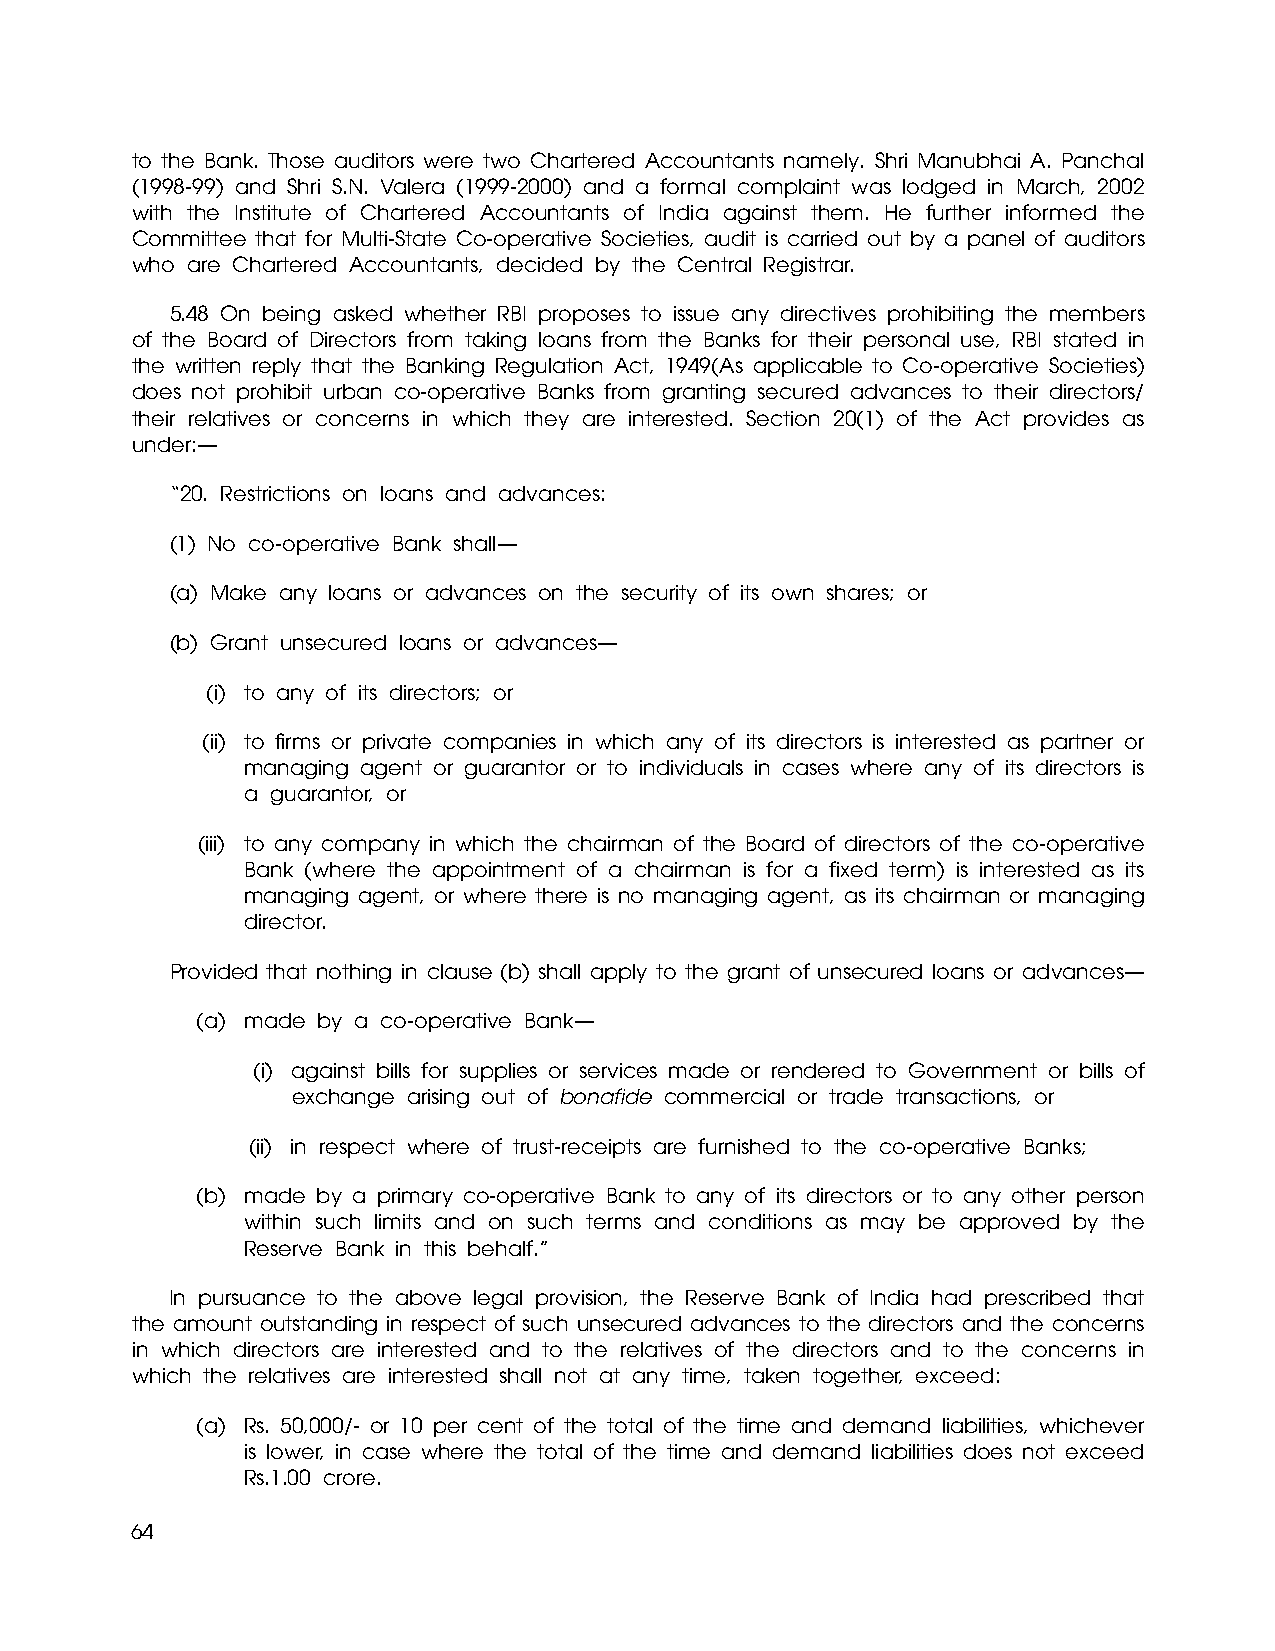
to the Bank. Those auditors were two Chartered Accountants namely. Shri Manubhai A. Panchal
 (1998-99) and Shri S.N. Valera (1999-2000) and a formal complaint was lodged in March, 2002
 with the Institute of Chartered Accountants of India against them. He further informed the
 Committee that for Multi-State Co-operative Societies, audit is carried out by a panel of auditors
 who are Chartered Accountants, decided by the Central Registrar.
 5.48 On being asked whether RBI proposes to issue any directives prohibiting the members
 of the Board of Directors from taking loans from the Banks for their personal use, RBI stated in
 the written reply that the Banking Regulation Act, 1949(As applicable to Co-operative Societies)
 does not prohibit urban co-operative Banks from granting secured advances to their directors/
 their relatives or concerns in which they are interested. Section 20(1) of the Act provides as
 under:—
 “20. Restrictions on loans and advances:
 (1) No co-operative Bank shall—
 (a) Make any loans or advances on the security of its own shares; or
 (b) Grant unsecured loans or advances—
 (i) to any of its directors; or
 (ii) to firms or private companies in which any of its directors is interested as partner or
 managing agent or guarantor or to individuals in cases where any of its directors is
 a guarantor, or
 (iii) to any company in which the chairman of the Board of directors of the co-operative
 Bank (where the appointment of a chairman is for a fixed term) is interested as its
 managing agent, or where there is no managing agent, as its chairman or managing
 director.
 Provided that nothing in clause (b) shall apply to the grant of unsecured loans or advances—
 (a) made by a co-operative Bank—
 (i) against bills for supplies or services made or rendered to Government or bills of
 exchange arising out of bonafide commercial or trade transactions, or
 (ii) in respect where of trust-receipts are furnished to the co-operative Banks;
 (b) made by a primary co-operative Bank to any of its directors or to any other person
 within such limits and on such terms and conditions as may be approved by the
 Reserve Bank in this behalf.”
 In pursuance to the above legal provision, the Reserve Bank of India had prescribed that
 the amount outstanding in respect of such unsecured advances to the directors and the concerns
 in which directors are interested and to the relatives of the directors and to the concerns in
 which the relatives are interested shall not at any time, taken together, exceed:
 (a) Rs. 50,000/- or 10 per cent of the total of the time and demand liabilities, whichever
 is lower, in case where the total of the time and demand liabilities does not exceed
 Rs.1.00 crore.
 64